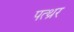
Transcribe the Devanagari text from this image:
पत्थ्रर